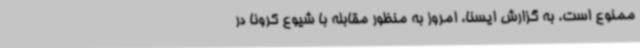
ممنوع است. به گزارش ایسنا، امروز به منظور مقابله با شیوع کرونا در